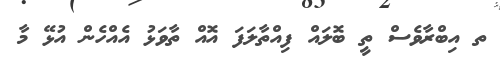
ތ އިބްރާވެސް ތީ ބޮލައް ފިއްތާލަފަ އޮއް ތާވަޅު އެއްހެން އުޅޭ މާ